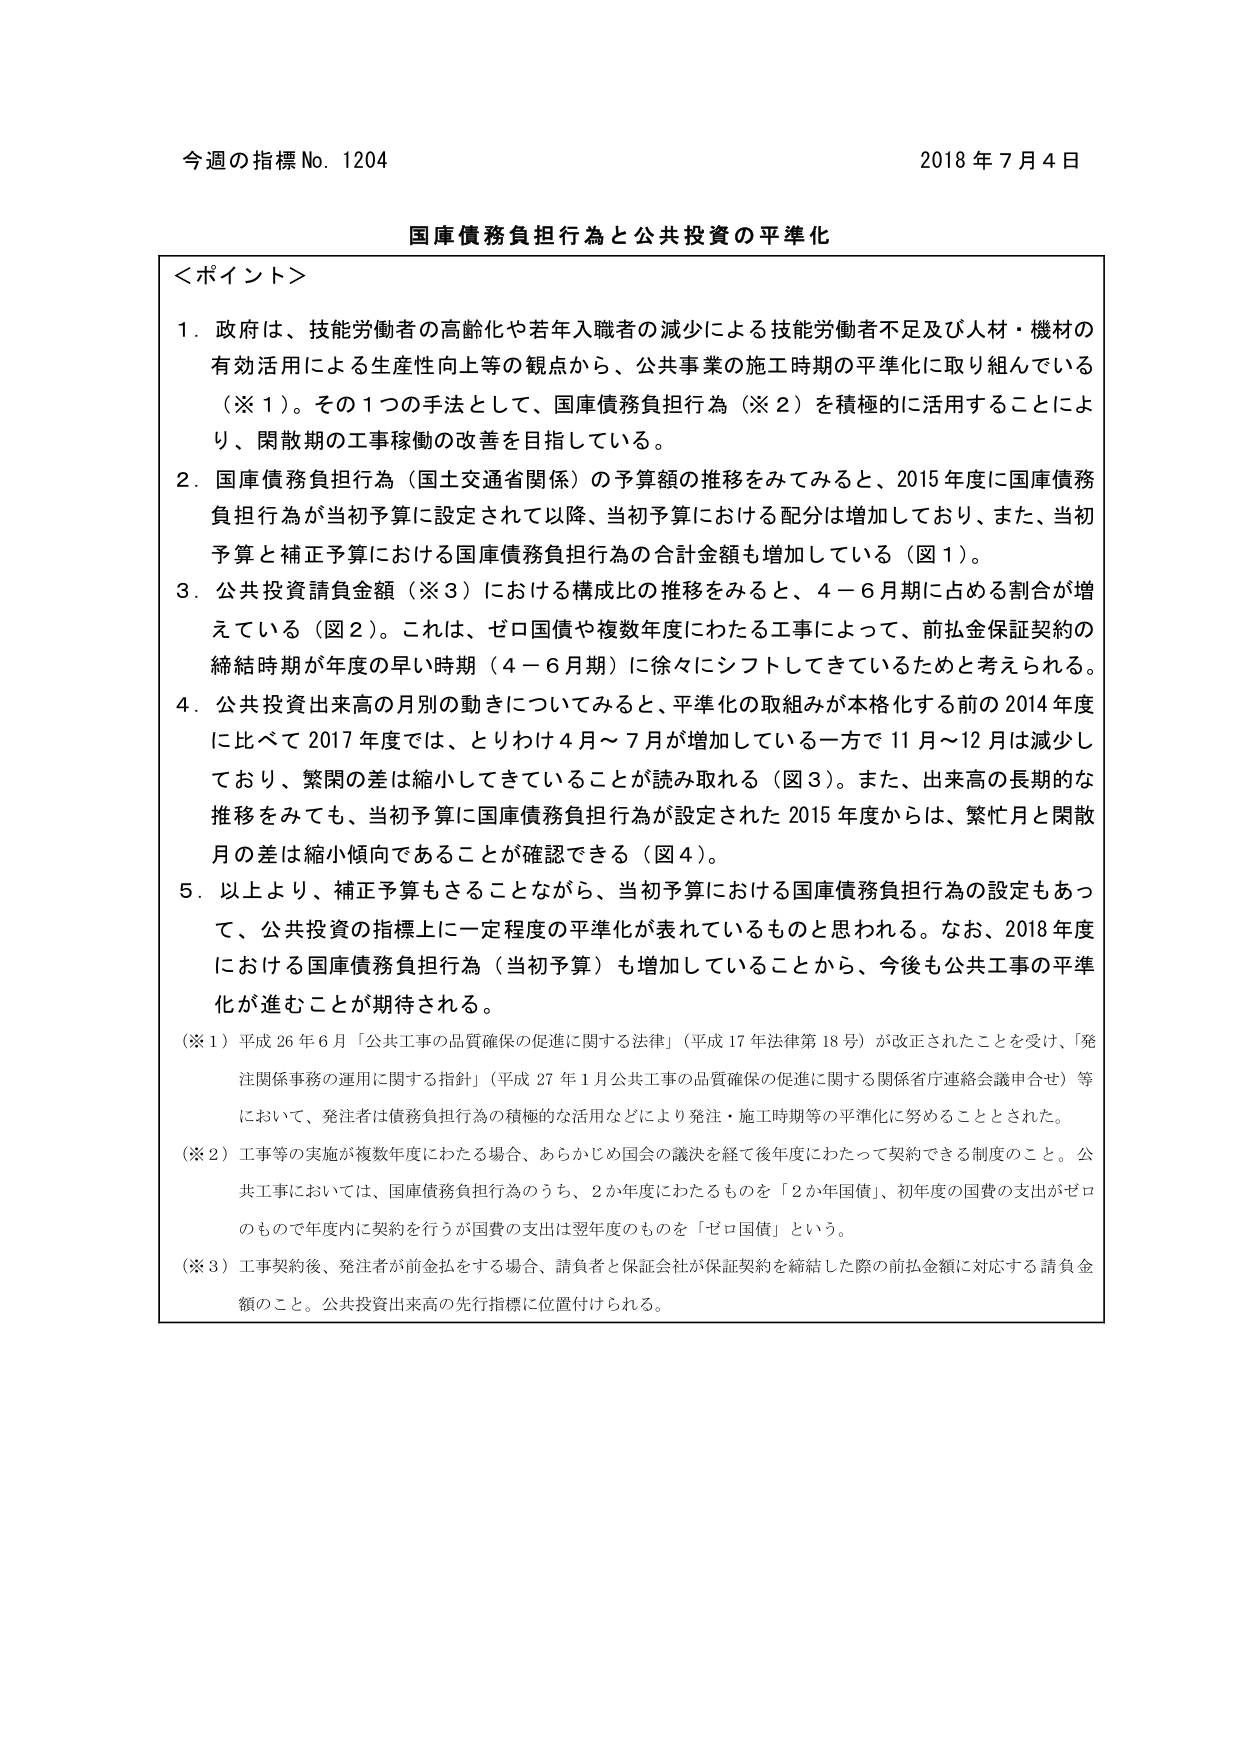
今週の指標 No. 1204 2018年7月4日

国庫債務負担行為と公共投資の平準化

＜ポイント＞

1. 政府は、技能労働者の高齢化や若年入職者の減少による技能労働者不足及び人材・機材の有効活用による生産性向上等の観点から、公共事業の施工時期の平準化に取り組んでいる（※1）。その1つの手法として、国庫債務負担行為（※2）を積極的に活用することにより、閑散期の工事稼働の改善を目指している。

2. 国庫債務負担行為（国土交通省関係）の予算額の推移をみてみると、2015年度に国庫債務負担行為が当初予算に設定されて以降、当初予算における配分は増加しており、また、当初予算と補正予算における国庫債務負担行為の合計金額も増加している（図1）。

3. 公共投資請負金額（※3）における構成比の推移をみると、4－6月期に占める割合が増えている（図2）。これは、ゼロ国債や複数年度にわたる工事によって、前払金保証契約の締結時期が年度の早い時期（4－6月期）に徐々にシフトしてきているためと考えられる。

4. 公共投資出来高の月別の動きについてみると、平準化の取組みが本格化する前の2014年度に比べて2017年度では、とりわけ4月～7月が増加している一方で11月～12月は減少しており、繁忙の差は縮小してきていることが読み取れる（図3）。また、出来高の長期的な推移をみても、当初予算に国庫債務負担行為が設定された2015年度からは、繁忙月と閑散月の差は縮小傾向であることが確認できる（図4）。

5. 以上より、補正予算もさることながら、当初予算における国庫債務負担行為の設定もあって、公共投資の指標上に一定程度の平準化が表れているものと思われる。なお、2018年度における国庫債務負担行為（当初予算）も増加していることから、今後も公共工事の平準化が進むことが期待される。

（※1）平成26年6月「公共工事の品質確保の促進に関する法律」（平成17年法律第18号）が改正されたことを受け、「発注関係事務の運用に関する指針」（平成27年1月公共工事の品質確保の促進に関する関係省庁連絡会議申合せ）等において、発注者は債務負担行為の積極的な活用などにより発注・施工時期等の平準化に努めることとされた。

（※2）工事等の実施が複数年度にわたる場合、あらかじめ国会の議決を経て後年度にわたって契約できる制度のこと。公共工事においては、国庫債務負担行為のうち、2か年度にわたるものを「2か年国債」、初年度の国費の支出がゼロのもので年度内に契約を行うが国費の支出は翌年度のものを「ゼロ国債」という。

（※3）工事契約後、発注者が前金払をする場合、請負者と保証会社が保証契約を締結した際の前払金額に対応する請負金額のこと。公共投資出来高の先行指標に位置付けられる。